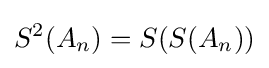
S^{2}(A_{n})=S(S(A_{n}))